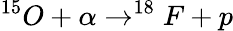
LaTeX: ^{15}O+\alpha\rightarrow^{18}F+p